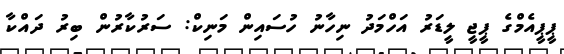
ޕީޕީއެމްގެ ޕީޖީ ލީޑަރު އަހްމަދު ނިހާނު ހުސައިން މަނިކް: ސަރުކާރުން ބިރު ދައްކާ